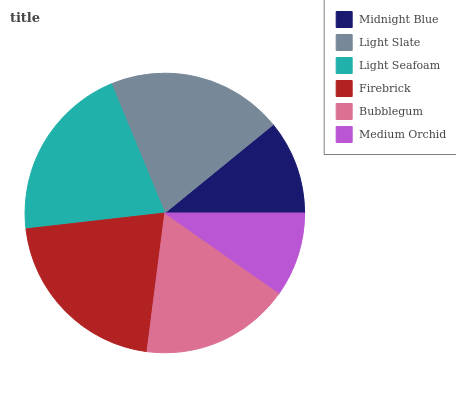
| Midnight Blue | Light Slate | Light Seafoam | Firebrick | Bubblegum | Medium Orchid |
 | --- | --- | --- | --- | --- | --- |
 | 10.9% | 20.4% | 20.5% | 21.2% | 17.3% | 9.74% |